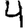
Digit: 4